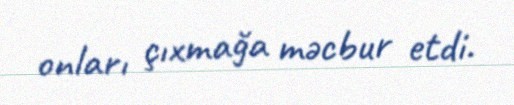
onları çıxmağa məcbur etdi.